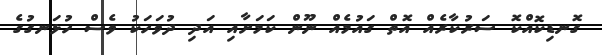
ގޮނޑިކޮއްކޮ ސަރުކާރެއް އޮތް ގައުމެއް ނޫން ކަމަށާއި އަދި ދުވަހަކު ވެސް ހުޅަނގުގެ